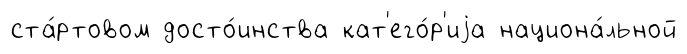
ста́ртовом досто́инства кат'его́р'иjа национа́льной